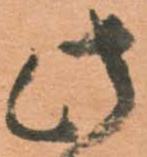
此